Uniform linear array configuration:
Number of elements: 16
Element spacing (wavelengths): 0.5
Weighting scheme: hann
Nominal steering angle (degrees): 60
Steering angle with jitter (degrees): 61.079
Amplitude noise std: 0.05
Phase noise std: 0.05

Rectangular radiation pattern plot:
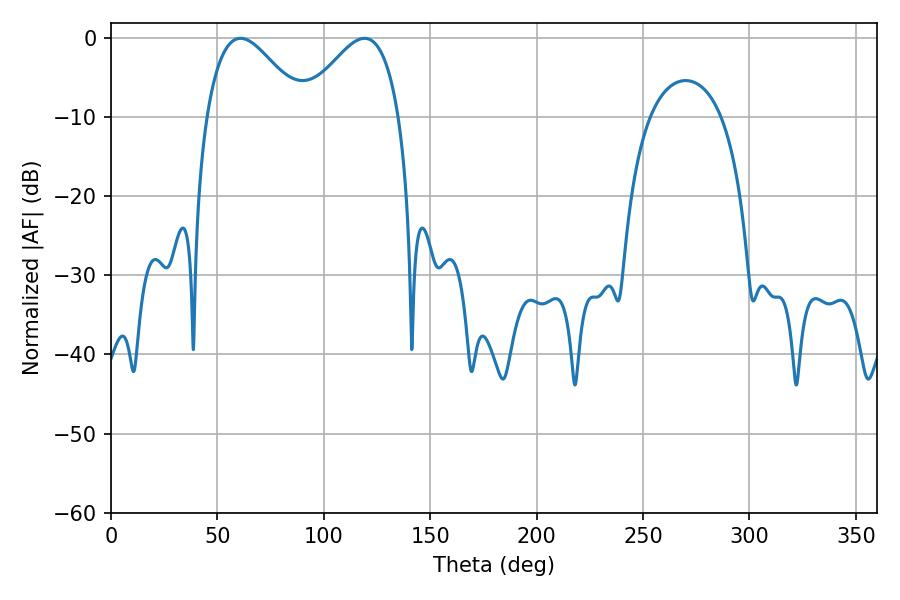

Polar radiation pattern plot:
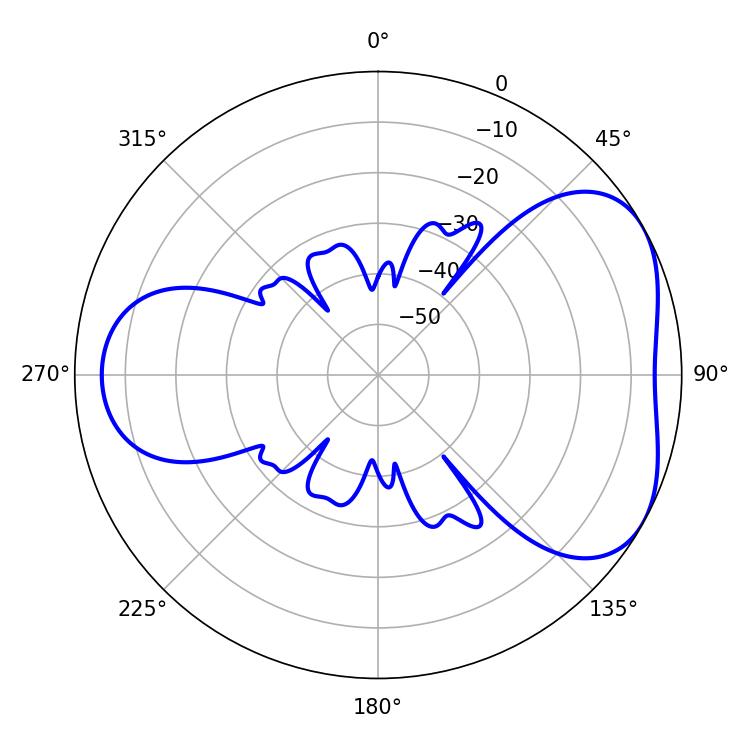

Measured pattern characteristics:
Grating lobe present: FALSE
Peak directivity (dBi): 4.598
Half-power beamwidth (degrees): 24.66
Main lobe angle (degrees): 60.84